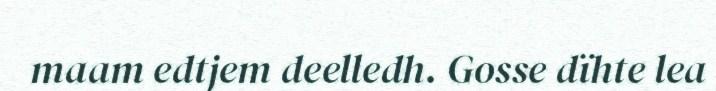
maam edtjem deelledh. Gosse dïhte lea